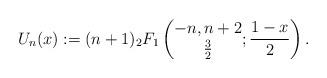
LaTeX: \begin{align*}U_{n}(x):=(n+1) {}_{2}F_{1}\left(\begin{matrix}-n,n+2\\ \frac{3}{2}\end{matrix}; \frac{1-x}{2}\right).\end{align*}